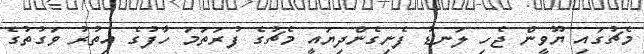
މެޗުގައި ޔޫވީން ޖެހި ލަނޑު ފެނިގެންދިޔައީ މެޗުގެ ފުރަތަމަ ހާފުގެ އިތުރު ވަގުތުގެ